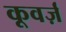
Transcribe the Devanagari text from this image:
कूवर्ज़